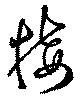
接